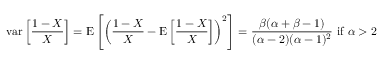
\operatorname { v a r } \left[ { \frac { 1 - X } { X } } \right] = \operatorname { E } \left[ \left( { \frac { 1 - X } { X } } - \operatorname { E } \left[ { \frac { 1 - X } { X } } \right] \right) ^ { 2 } \right] = { \frac { \beta ( \alpha + \beta - 1 ) } { ( \alpha - 2 ) ( \alpha - 1 ) ^ { 2 } } } { \mathrm { ~ i f ~ } } \alpha > 2